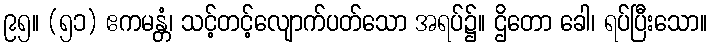
၉၅။ (၅၁) ဧကမန္တံ၊ သင့်တင့်လျောက်ပတ်သော အရပ်၌။ ဌိတော ခေါ၊ ရပ်ပြီးသော။